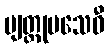
ဗျတ္ထုပသေဝီ